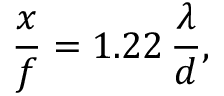
{ \frac { x } { f } } = 1 . 2 2 \, { \frac { \lambda } { d } } ,